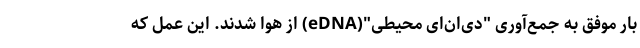
بار موفق به جمع‌آوری "دی‌ان‌ای محیطی"(eDNA) از هوا شدند. این عمل که